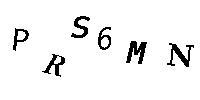
PRS6MN